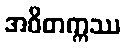
အဝိတက္ကဿ